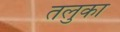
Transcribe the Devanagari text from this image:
तलुका